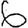
Digit: 6